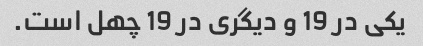
یکی در 19 و دیگری در 19 چهل است.